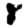
Digit: 8